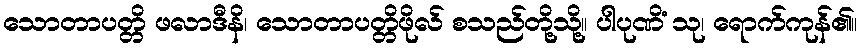
သောတာပတ္တိ ဖလာဒီနိ၊ သောတာပတ္တိဖိုလ် စသည်တို့သို့။ ပါပုဏိံ သု၊ ရောက်ကုန်၏။